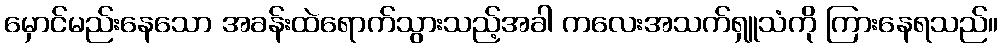
မှောင်မည်းနေသော အခန်းထဲရောက်သွားသည့်အခါ ကလေးအသက်ရှူသံကို ကြားနေရသည်။